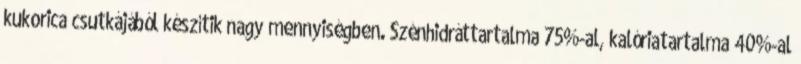
kukorica csutkájából készítik nagy mennyiségben. Szénhidráttartalma 75%-al, kalóriatartalma 40%-al